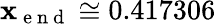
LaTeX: \mathbf{x}_{\mathrm{{~e~n~d~}}}\cong0.417306